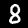
Label: 8